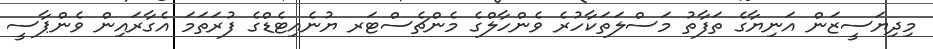
މިދިޔަސީޒަން އަނިޔާގެ ތަފާތު މަސްލަތަކާހުރެ ވެންހާލްގެ މެންޗެސްޓަރ ޔުނެއިޓެޑްގެ ފުރަތަމަ އެގާރައިން ވެންޕާސީ